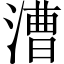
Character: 漕